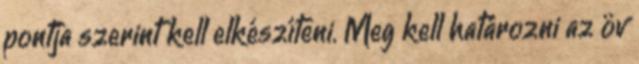
pontja szerint kell elkészíteni. Meg kell határozni az öv